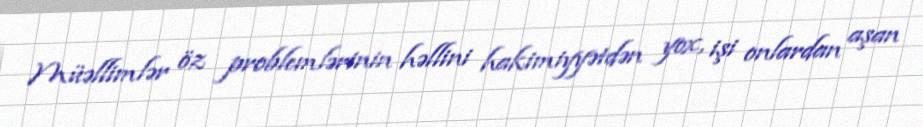
Müəllimlər öz problemlərinin həllini hakimiyyətdən yox, işi onlardan aşan